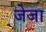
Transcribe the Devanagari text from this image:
जेजा